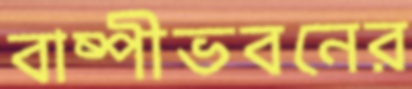
বাষ্পীভবনের